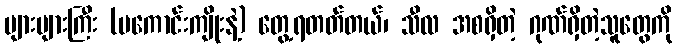
များများကြီး (မကောင်းကျိုးနဲ့) တွေ့ရတတ်တယ်၊ သီလ အစရှိတဲ့ ဂုဏ်ရှိတဲ့သူတွေကို